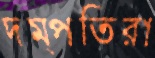
দম্পতিরা